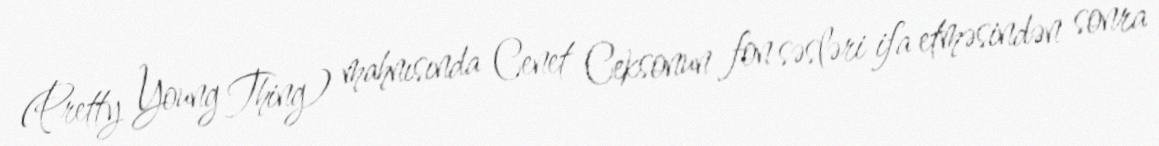
(Pretty Young Thing) mahnısında Cenet Ceksonun fon səsləri ifa etməsindən sonra